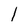
Character: l